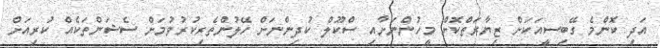
އަދި ކޮންމެ ގޭބިސީއަކަށް ޒިޔާރަތްކޮށް މީހުންނަށާއި ސްކޫލް ކުދިންނަށް ހޭލުންތެރިކުރުވުމަށް ސެޝަންތަކެއް ކުރިއަށް